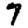
Digit: 7